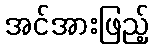
အင်အားဖြည့်